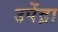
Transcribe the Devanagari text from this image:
उपेंद्रा